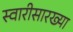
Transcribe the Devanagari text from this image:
स्वारीसारख्या